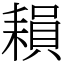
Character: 𦔐